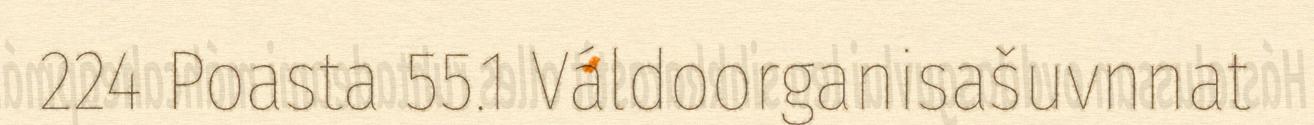
224 Poasta 55.1 Váldoorganisašuvnnat